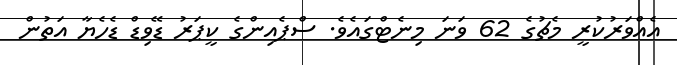
އެއްވަރުކުރީ މެޗުގެ 62 ވަނަ މިނެޓްގައެވެ. ސްޕެއިންގެ ކީޕަރު ޑޭވިޑް ޑެހެޔާ އަތުން